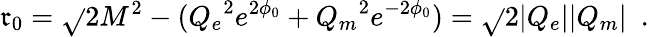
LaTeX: \mathfrak{r}_{0}=\sqrt{}{{2M^{2}-({Q_{e}}^{2}e^{2\phi_{0}}+{Q_{m}}^{2}e^{-2\phi_{0}})}}=\sqrt{}{{2|Q_{e}||Q_{m}|}}~~.